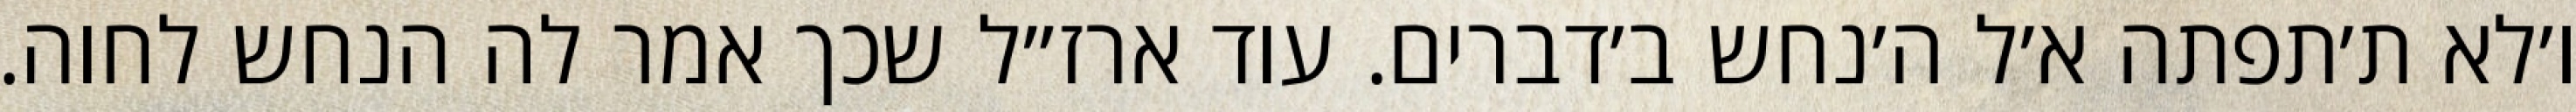
ו׳לא ת׳תפתה א׳ל ה׳נחש ב׳דברים. עוד ארז״ל שכך אמר לה הנחש לחוה.